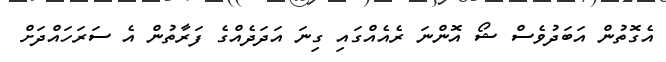
އެގޮތުން އަބަދުވެސް ޝޯ އޮންނަ ރެއެއްގައި ގިނަ އަދަދެއްގެ ފަރާތުން އެ ސަރަހައްދަށް